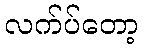
လက်ပ်တော့